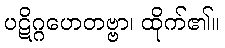
ပဋိဂ္ဂဟေတဗ္ဗာ၊ ထိုက်၏။